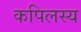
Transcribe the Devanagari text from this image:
कपिलस्य